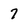
Character: 7